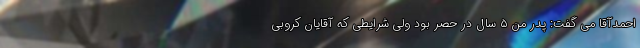
احمدآقا می گفت: پدر من ۵ سال در حصر بود ولی شرایطی که آقایان کروبی